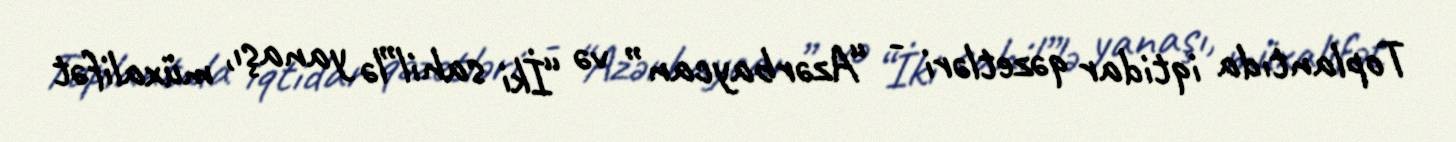
Toplantıda iqtidar qəzetləri - “Azərbaycan” və “İki sahil”lə yanaşı, müxalifət